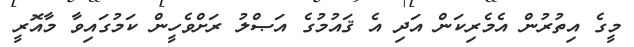
މީގެ އިތުރުން އެމެރިކަން އަދި އެ ޤައުމުގެ އަޞްލު ރަށްވެހީން ކަމުގައިވާ މާއޮރީ